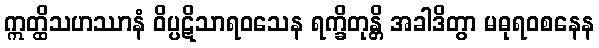
ဣတ္ထိသဟဿာနံ ဝိပ္ပဋိသာရဝသေန ရက္ခိတုန္တိ အခါဒိတွာ မဓုရဝစနေန